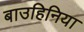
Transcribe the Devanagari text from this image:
बाउहिनिया